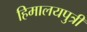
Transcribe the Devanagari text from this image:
हिमालयपुत्री